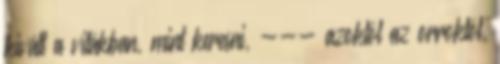
kivált a vitákban, mint keresni, --- azoktól az orroktól,